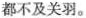
都不及关羽。